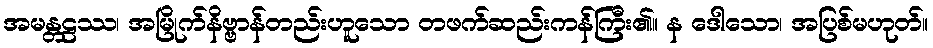
အမန္တဠဿ၊ အမြိုက်နိဗ္ဗာန်တည်းဟူသော တဖက်ဆည်းကန်ကြီး၏။ န ဒေါသော၊ အပြစ်မဟုတ်။